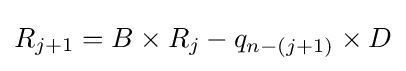
R_{j+1}=B\times R_{j}-q_{n-(j+1)}\times D